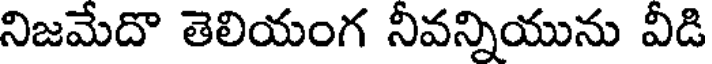
నిజమేదొ తెలియంగ నీవన్నియును వీడి